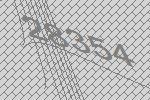
28354